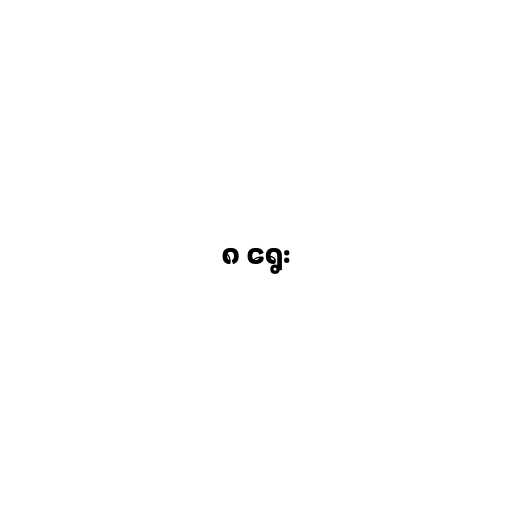
၈ ရွေး